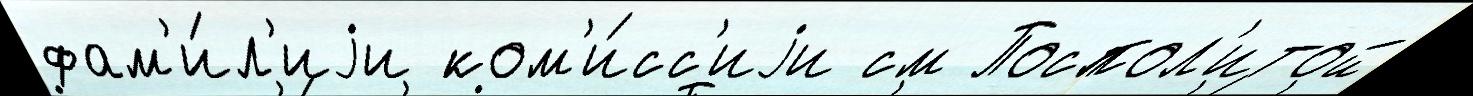
фам'и́л'иjи ком'и́сс'иjи см Поспол'итой